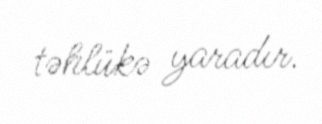
təhlükə yaradır.